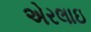
એરલાઇ